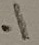
Text: .1